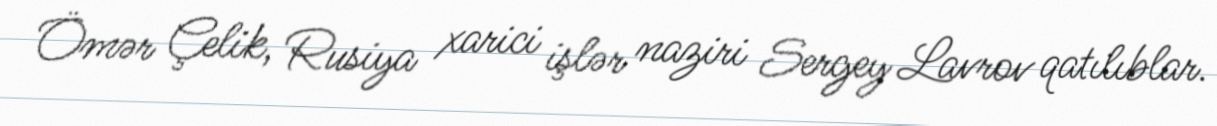
Ömər Çelik, Rusiya xarici işlər naziri Sergey Lavrov qatılıblar.